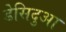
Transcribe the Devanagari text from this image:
डेसिदुआ